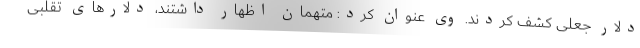
دلار جعلی کشف کردند. وی عنوان کرد: متهمان اظهار داشتند، دلارهای تقلبی